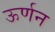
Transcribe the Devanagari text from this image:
ऊर्णन